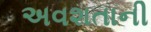
અવશતાની